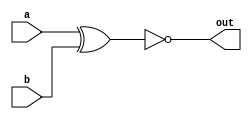
module myxnor(out,a,b);
  output out;
  input a,b;
  
  xnor myxnor1(out,a,b);
  
endmodule